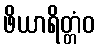
ဖိယာရိတ္တံဝ